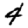
Digit: 4